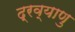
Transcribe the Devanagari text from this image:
द्रव्याणु